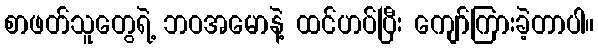
စာဖတ်သူတွေရဲ့ ဘဝအမောနဲ့ ထင်ဟပ်ပြီး ကျော်ကြားခဲ့တာပါ။